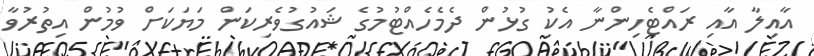
އާއިލާ އާއި ރައްޓެހިންނާ އެކު ގުޅުން ދެމެހެއްޓުމުގެ ޝައުގުވެރިކަން މަޔަކަށް ވުމުން އިތުރުވާ